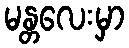
မန္တလေးမှာ